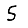
Digit: 5